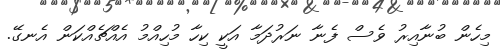
މިހެން ބުނާއިރު ވެސް ފެނާ ނަރުދަމާ އަކީ ކިހާ މުހިއްމު އެއްޗެއްކަން އެނގޭ.